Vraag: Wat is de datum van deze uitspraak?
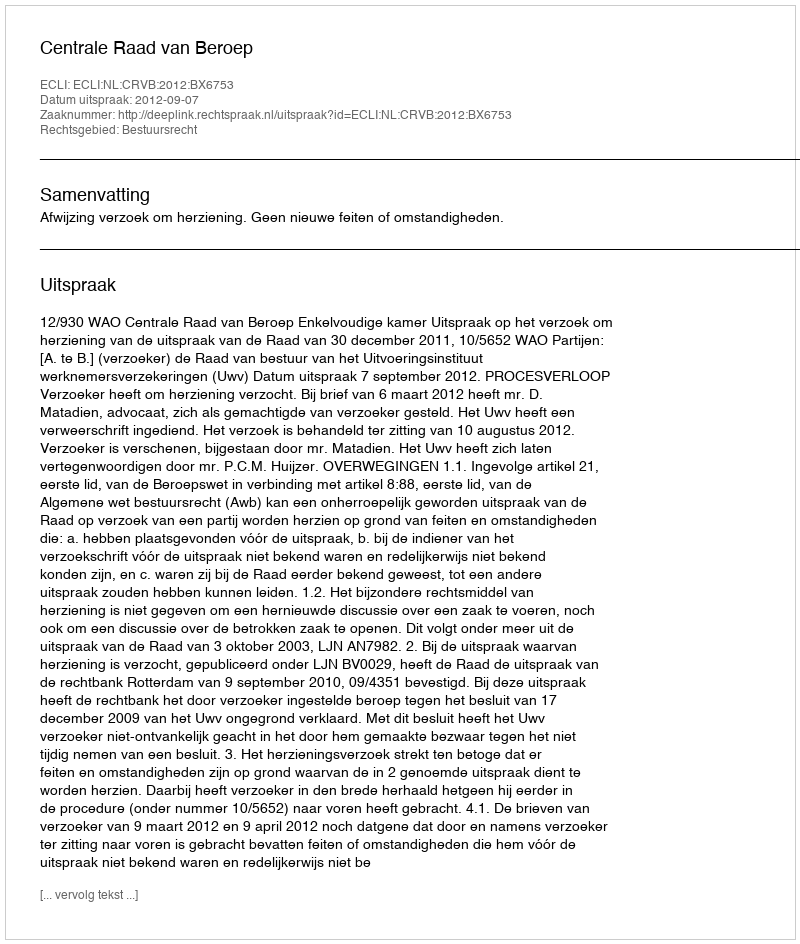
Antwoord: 2012-09-07